Elephants and their diseases
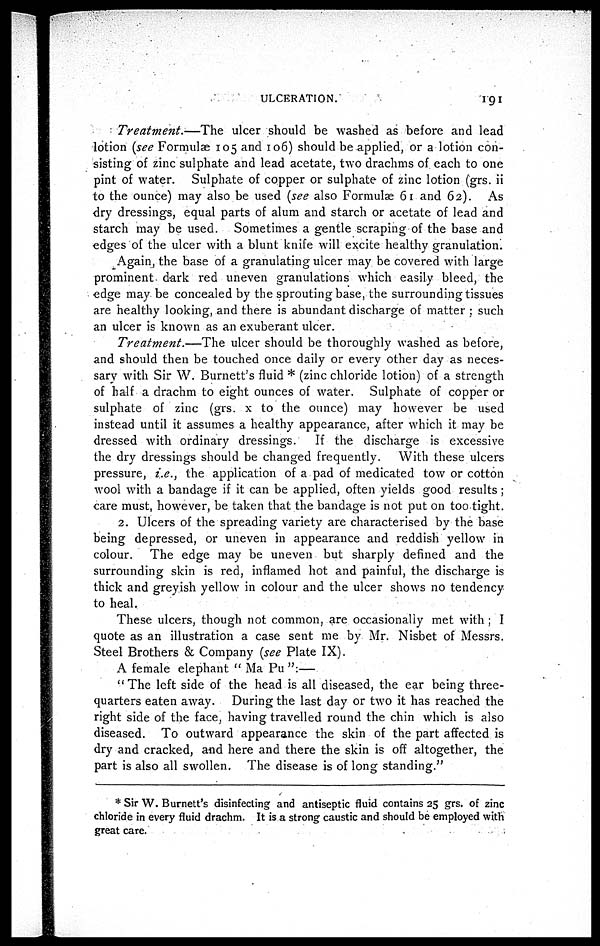
ULCERATION.
191
Treatment: —The ulcer should be washed as before and lead
lotion (see Formulæ 105 and 106) should be applied, or a lotion con-
sisting of zinc sulphate and lead acetate, two drachms of each to one
pint of water. Sulphate of copper or sulphate of zinc lotion (grs. ii
to the ounce) may also be used (see also Formulæ 61 and 62). As
dry dressings, equal parts of alum and starch or acetate of lead and
starch may be used. Sometimes a gentle scraping of the base and
edges of the ulcer with a blunt knife will excite healthy granulation;
Again, the base of a granulating ulcer may be covered with large
prominent dark red uneven granulations which easily bleed, the
edge may be concealed by the sprouting base, the surrounding tissues
are healthy looking, and there is abundant discharge of matter ; such
an ulcer is known as an exuberant ulcer.
Treatment.—The
ulcer should be thoroughly washed as before,
and should then be touched once daily or every other day as neces-
sary with Sir W. Burnett's fluid * (zinc chloride lotion) of a strength
of half a drachm to eight ounces of water. Sulphate of copper or
sulphate of zinc (grs. x to the ounce) may however be used
instead until it assumes a healthy appearance, after which it may be
dressed with ordinary dressings.
If the discharge is excessive
the dry dressings should be changed frequently.
With these ulcers
pressure, i.e., the application of a pad of medicated tow or cotton
wool with a bandage if it can be applied, often yields good results;
care must, however, be taken that the bandage is not put on too-tight.
2. Ulcers of the spreading variety are characterised by the base
being depressed, or uneven in appearance and reddish yellow in
colour. The edge may be uneven but sharply defined and the
surrounding skin is red, inflamed hot and painful, the discharge is
thick and greyish yellow in colour and the ulcer shows no tendency
to heal.
These ulcers, though not common, are occasionally met with ; I
quote as an illustration a case sent me by Mr. Nisbet of Messrs.
Steel Brothers & Company (see Plate IX).
A female elephant "Ma Pu":-
" The left side of the head is all diseased, the ear being three-
quarters eaten away. During the last day or two it has reached the
right side of the face, having travelled round the chin which is also
diseased. To outward appearance the skin of the part affected is
dry and cracked, and here and there the skin is off altogether, the
part is also all swollen. The disease is of long standing."
* Sir W. Burnett's disinfecting and antiseptic fluid contains 25 grs. of zinc
chloride in every fluid drachm. It is a strong caustic and should be employed with
great care.